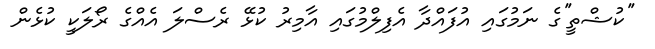
''ކުޝްތީ''ގެ ނަމުގައި އުފައްދާ އެފިލްމުގައި އާމިރު ކުޅޭ ރެސްލަ އެއްގެ ރޯލަކީ ކުޅެން